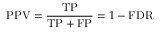
\mathrm { P P V } = { \frac { \mathrm { T P } } { \mathrm { T P } + \mathrm { F P } } } = 1 - \mathrm { F D R }